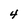
Character: 4